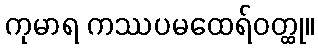
ကုမာရ ကဿပမထေရ်ဝတ္ထု။